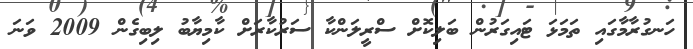
ހަނގުރާމާގައި ތަމަޅަ ޓައިގަރުން ބަލިކޮށް ސްރީލަންކާ ސަރުކާރަށް ކާމިޔާބު ލިބިގެން 2009 ވަނަ